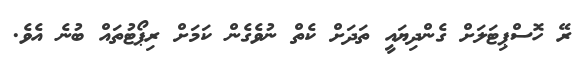
ރޭ ހޮސްޕިޓަލަށް ގެންދިޔައީ ތަދަށް ކެތް ނުވެގެން ކަމަށް ރިޕޯޓުތައް ބުނެ އެވެ.